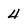
Character: 4